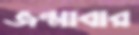
জন্মাবার